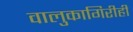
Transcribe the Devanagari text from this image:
वालुकागिरीही